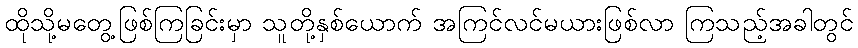
ထိုသို့မတွေ့ဖြစ်ကြခြင်းမှာ သူတို့နှစ်ယောက် အကြင်လင်မယားဖြစ်လာ ကြသည့်အခါတွင်